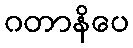
ဂတာနိပေ